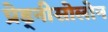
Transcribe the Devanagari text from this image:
प्रेड्नीसोलोन